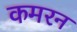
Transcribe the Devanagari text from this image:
कमरन